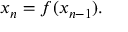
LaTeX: x _ { n } = f ( x _ { n - 1 } ) .